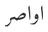
اواصر